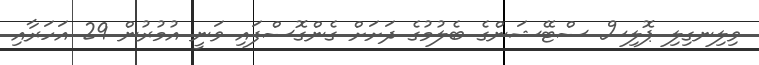
ވިލިނގިލި ޕޮލިސް ސްޓޭޝަންގެ ބެލުމުގެ ދަށަށް ގެންގޮސްފައި ވަނީ އުމުރުން 29 އަހަރާއި